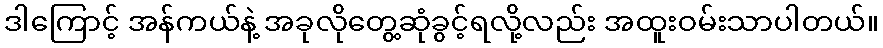
ဒါကြောင့် အန်ကယ်နဲ့ အခုလိုတွေ့ဆုံခွင့်ရလို့လည်း အထူးဝမ်းသာပါတယ်။